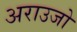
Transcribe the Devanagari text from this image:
अराउजो